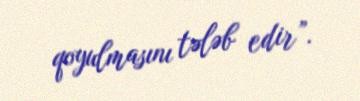
qoyulmasını tələb edir”.